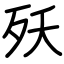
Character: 殀